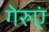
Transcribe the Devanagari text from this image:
गेरुएं